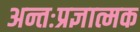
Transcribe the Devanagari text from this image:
अन्तःप्रज्ञात्मक